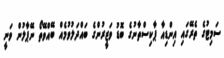
ސަމިޓުގެ ތެރޭގައި އިންޑިއާ ޕާކިސްތާނުގެ ބޮޑު ވަޒީރުންގެ ބައްދަލުވުމެއް ބޭއްވޭތޯ ނޭޕާލުން ވަނީ